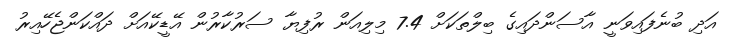
އަދި ބުނެފައިވަނީ އާސަންދައިގެ ބިލްތަކަށް 7.4 މިލިއަން ރުފިޔާ ސަރުކާރުން އޭޑީކޭއަށް ދައްކަންޖެހޭއިރު